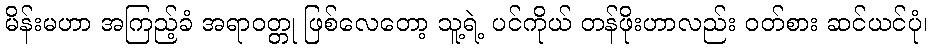
မိန်းမဟာ အကြည့်ခံ အရာဝတ္တု ဖြစ်လေတော့ သူ့ရဲ့ ပင်ကိုယ် တန်ဖိုးဟာလည်း ဝတ်စား ဆင်ယင်ပုံ၊